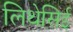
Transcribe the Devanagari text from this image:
लिथेसिई